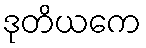
ဒုတိယကေ